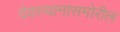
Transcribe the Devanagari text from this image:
देवस्थानासमोरील